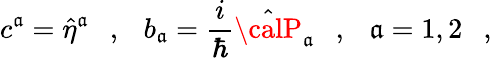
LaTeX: c^{\mathfrak{a}}=\hat{{\eta}}^{\mathfrak{a}}\ \ \ ,\ \ \ b_{\mathfrak{a}}=\frac{{i}}{{\hbar}}\hat{{{\calP}}}_{\mathfrak{a}}\ \ \ ,\ \ \ \mathfrak{a}=1,2\ \ \ ,